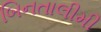
બિનતાલીમી